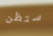
ستظن